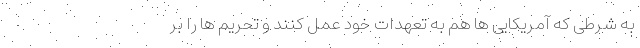
به شرطی که آمریکایی ها هم به تعهدات خود عمل کنند و تحریم ها را بر